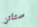
ستاتن